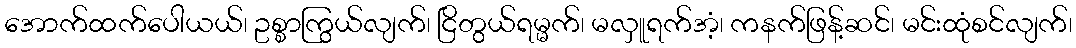
အောက်ထက်ပေါယယ်၊ ဥစ္စာကြွယ်လျက်၊ ငြိတွယ်ရမ္မက်၊ မလှူရက်အံ့၊ ကနက်ဖြန့်ဆင်၊ မင်းထုံစင်လျက်၊